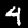
Digit: 4